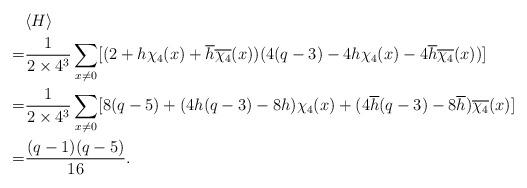
LaTeX: \begin{align*}&\langle H\rangle\\=&\frac{1}{2\times 4^3}\sum\limits_{x\neq 0}[(2+h\chi_4(x)+\overline{h}\overline{\chi_4}(x))(4(q-3)-4h\chi_4(x)-4\overline{h}\overline{\chi_4}(x))]\\=&\frac{1}{2\times 4^3}\sum\limits_{x\neq 0}[8(q-5)+(4h(q-3)-8h)\chi_4(x)+(4\overline{h}(q-3)-8\overline{h})\overline{\chi_4}(x)]\\=&\frac{(q-1)(q-5)}{16}. \end{align*}